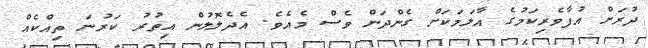
ދުރަށް އުފާވެރިކަމުގެ އާލަމަކަށް ގެންދަން ވެސް މެއެވެ. އެދެލޮލުން އިތުރު ކަރުނަ ތިއްކެއް